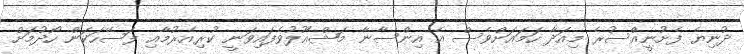
ދުނިޔެ ފެށުނީއްސުރެ މިއަދާ ހަމައަށްވެސް އެ އިންސާނާ މަޝްޣޫލުވެފައިވަނީ ކުރިއެރުމާއި ފަސޭހަކަން ހޯދުމަށް